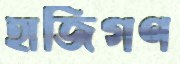
হাজিগণ